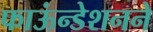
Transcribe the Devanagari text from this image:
फाऊंन्‍डेशनने